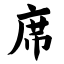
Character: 席